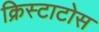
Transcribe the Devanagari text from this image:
क्रिस्टाटोस